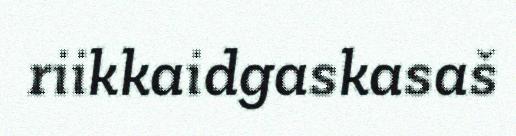
riikkaidgaskasaš